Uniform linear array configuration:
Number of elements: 12
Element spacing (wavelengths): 0.75
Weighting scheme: hann
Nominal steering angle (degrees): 15
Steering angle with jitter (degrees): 14.024
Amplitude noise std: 0.05
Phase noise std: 0.05

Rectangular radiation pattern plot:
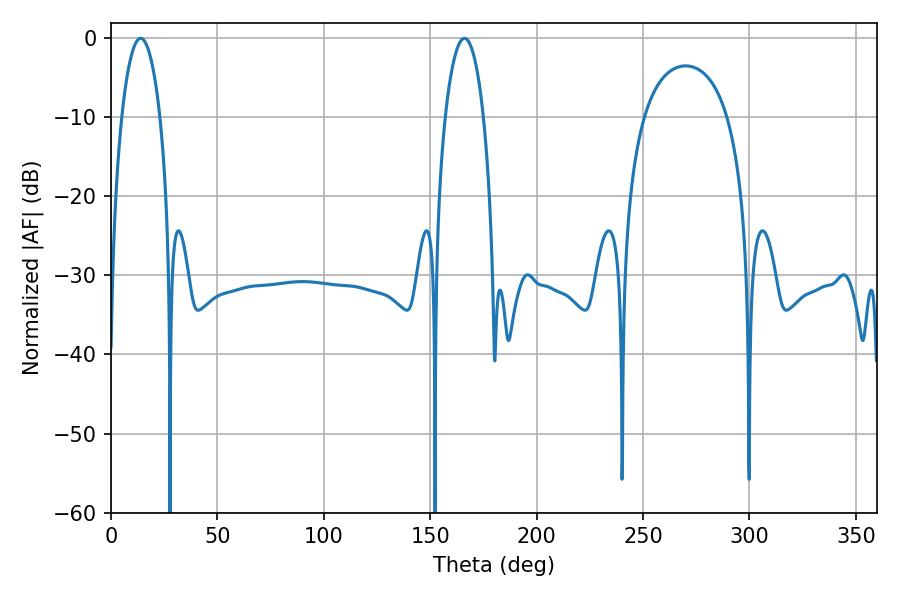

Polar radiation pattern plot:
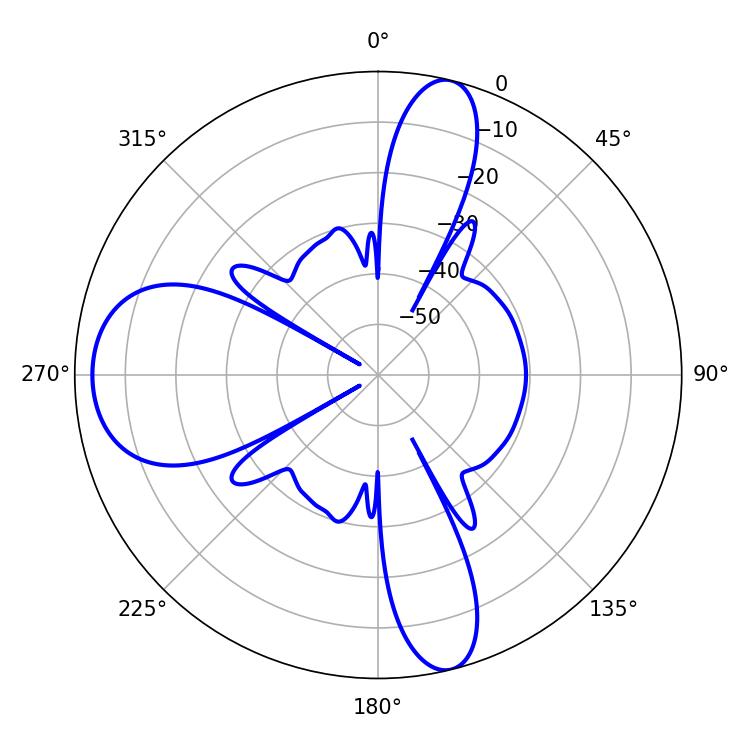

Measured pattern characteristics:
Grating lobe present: TRUE
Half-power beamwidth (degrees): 10.26
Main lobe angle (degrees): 13.86